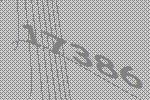
17386